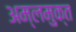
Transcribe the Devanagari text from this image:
अम्लमुक्त